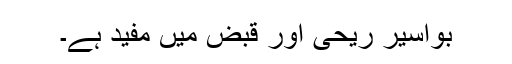
بواسیر ریحی اور قبض میں مفید ہے۔